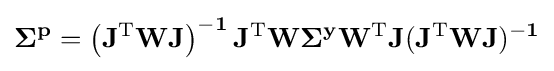
\mathbf {\Sigma ^{p}=\left(J^{\mathrm {T} }WJ\right)^{-1}J^{\mathrm {T} }W\Sigma ^{y}W^{\mathrm {T} }J(J^{\mathrm {T} }WJ)^{-1}}